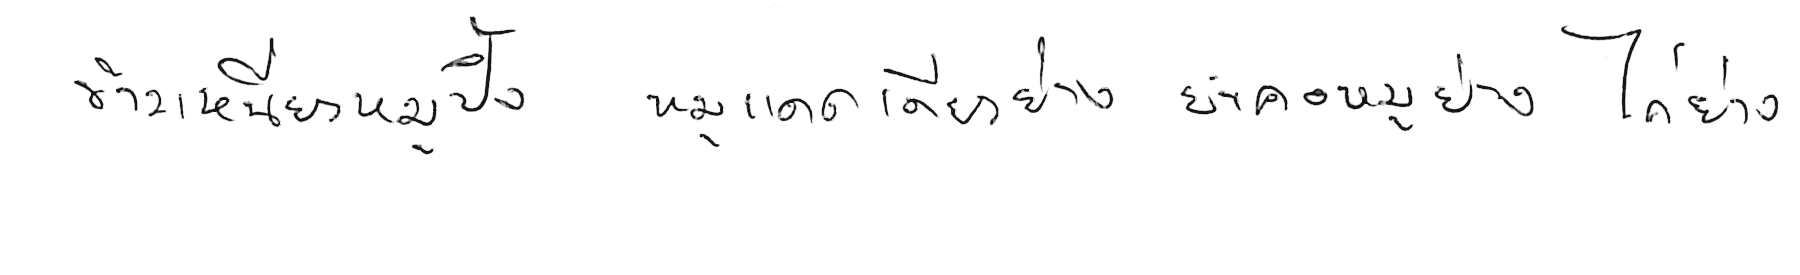
ข้าวเหนียวหมูปิ้ง หมูแดดเดียวย่าง ยำคอหมูย่าง ไก่ย่าง